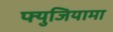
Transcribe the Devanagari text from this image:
फ्युजियामा